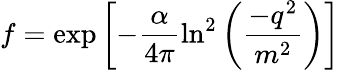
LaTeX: f=\exp\left[-\frac{\alpha}{4\pi}\ln^{2}\left(\frac{-q^{2}}{m^{2}}\right)\right]